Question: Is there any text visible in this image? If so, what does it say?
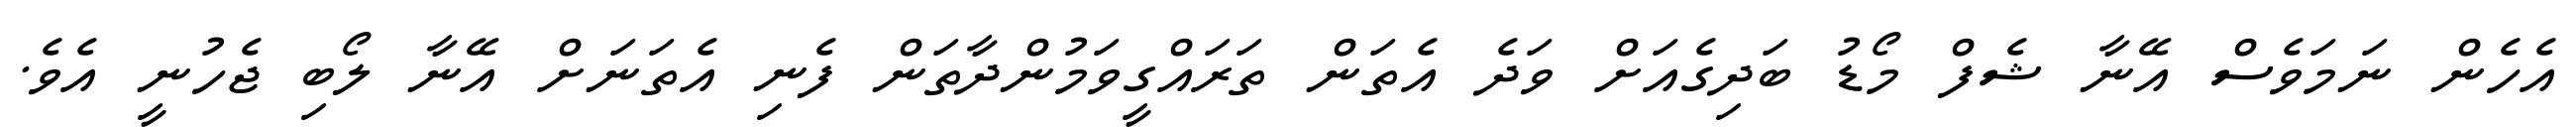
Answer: އެހެން ނަމަވެސް އޭނާ ޝެފް މޯޑު ބަދިގެއަށް ވަދެ އެތަން ތަރައްގީވަމުންދާތަން ފެނި އެތަނަށް އޭނާ ލޯބި ޖެހުނީ އެވެ.